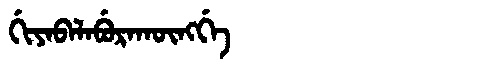
Manchu: ᡤᡳᠶᠠᠪᠠᠯᠠᠪᡠᡵᠠᡴᡡᠩᡤᡝ
Romanization: GIYABALABURAKŪNGGE